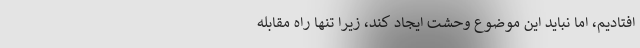
افتادیم، اما نباید این موضوع وحشت ایجاد کند، زیرا تنها راه مقابله